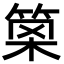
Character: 𥮣